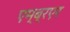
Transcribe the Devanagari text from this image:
एम्ब्रएर